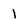
Character: I